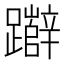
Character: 𮜧